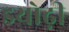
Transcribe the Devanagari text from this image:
डयोढ़ी